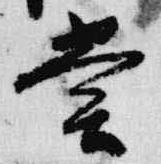
堂